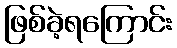
ဖြစ်ခဲ့ရကြောင်း